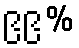
၉၉%